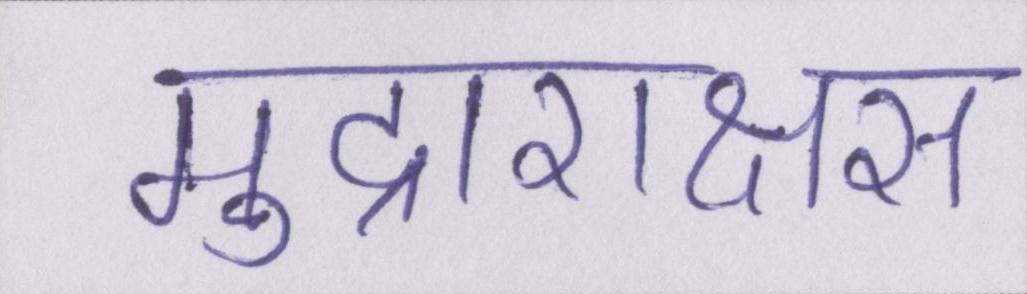
मुद्राराक्षस